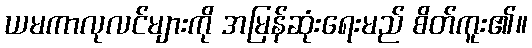
ယမကာလုလင်များကို အမြန်ဆုံးရေးမည် စိတ်ကူး၏။